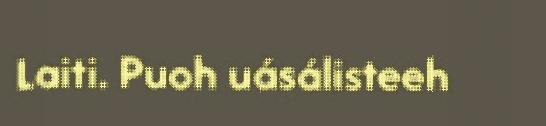
Laiti. Puoh uásálisteeh